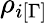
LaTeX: \rho_{i[\Gamma]}